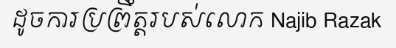
ដូចការប្រព្រឹត្តរបស់លោក Najib Razak